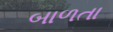
બાળતા